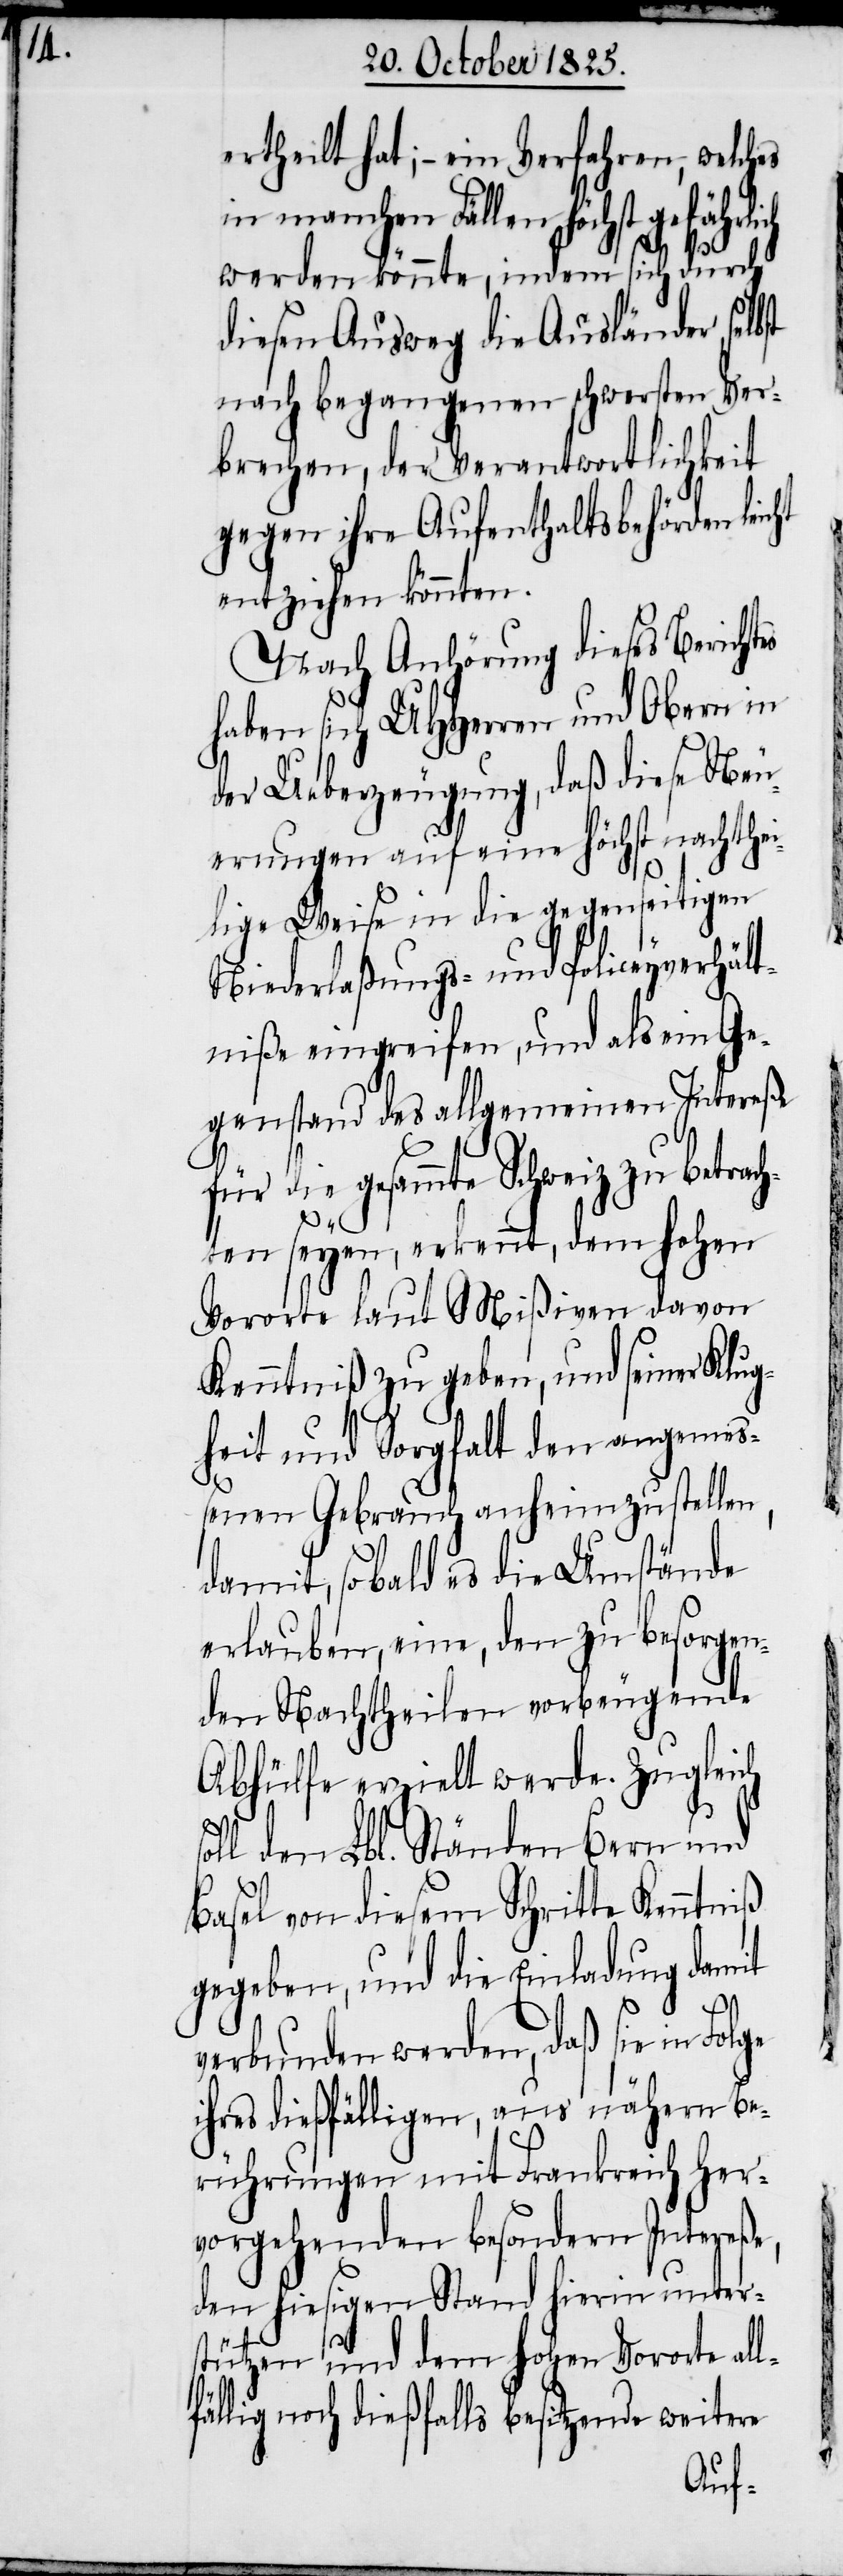
ertheilt hat; – ein Verfahren, welches
in manchen Fällen höchst
werden könnte, indem sich durch
diesen Ausweg die Ausländer selbst
nach begangenen schwersten Ver¬
brechen, der Verantwortlichkeit
gegen ihre Aufenthaltsbehörden leicht
entziehen konnten.
Nach Anhörung dieses Bericht¬
haben sich UHHerren und Obern in
der Ueberzeugung, daß diese Neu¬
erungen auf eine höchst nachthei¬
lige Weise in die gegenseitigen
Niederlaßungs- und Policeyverhält¬
niße eingreifen, und als ein Ge¬
genstand des allgemeinen Intereße
für die gesammte Schweiz zu betrach¬
l¬
ten seyen, erkennt, dem hohen
Vororte laut Mißiven davon
Kenntniß zu geben, und seiner Klug¬
heit und Sorgfalt den angemeß¬
enen Gebrauch anheim zustellen,
damit, sobald es die Umstände
erlauben, eine, den zu besorgen¬
den Nachtheilen vorbeugende
Abhülfe erziehlt werde. Zugleich
oll den Lbl. Ständen Bern und
Basel von diesem Schritte Kenntniß
gegeben, und die Einladung damit
verbunden werden, daß sie in
ihres dießfälligen, aus nähern Be¬
rührungen mit Frankreich her¬
vorgehenden besondern Intereße,
den hiesigen Stand hierin unter¬
stützen und dem hohen Vororte al¬
fällig noch dießfalls besitzende weitere